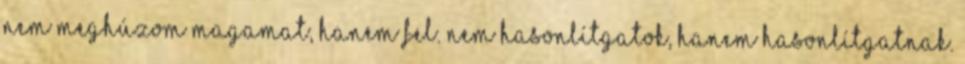
nem meghúzom magamat, hanem fel. Nem hasonlítgatok, hanem hasonlítgatnak.